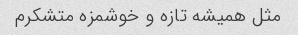
مثل همیشه تازه و خوشمزه متشکرم